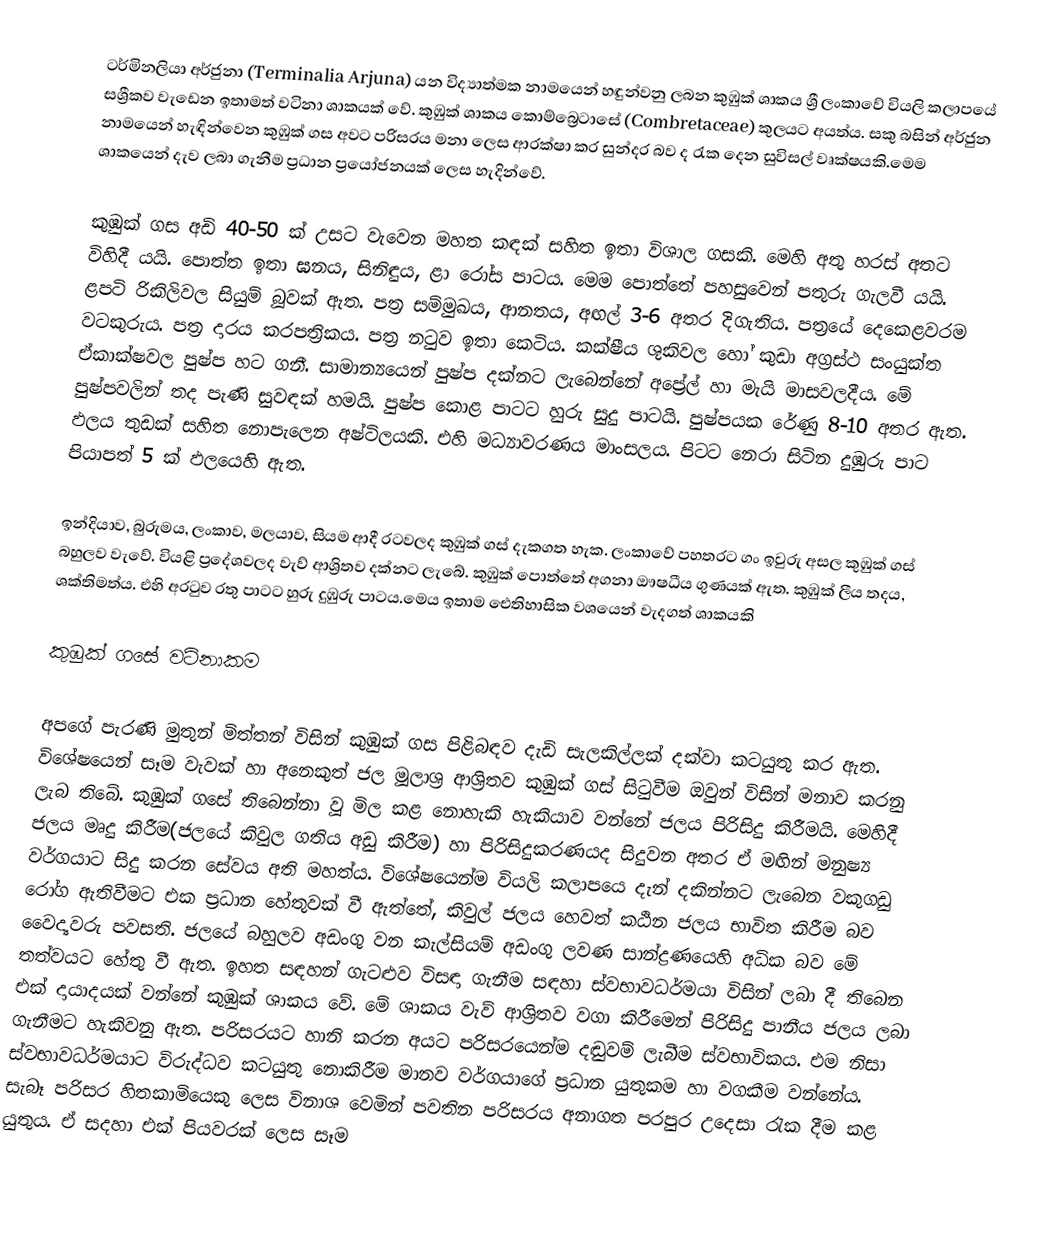
ටර්මිනලියා අර්ජුනා (Terminalia Arjuna) යන විද්‍යාත්මක නාමයෙන් හඳුන්වනු ලබන කුඹුක් ශාකය ශ්‍රී ලංකාවේ වියලි කලාපයේ සශ්‍රීකව වැඩෙන ඉතාමත් වටිනා ශාකයක් වේ. කුඹුක් ශාකය කොම්බ්‍රෙටාසේ (Combretaceae) කුලයට අයත්ය. සකු බසින් අර්ජුන නාමයෙන් හැඳින්වෙන කුඹුක් ගස අවට පරිසරය මනා ලෙස ආරක්ෂා කර සුන්දර බව ද රැක දෙන සුවිසල් වෘක්ෂයකි.මෙම ශාකයෙන් දැව ලබා ගැනීම ප්‍රධාන ප්‍රයෝජනයක් ලෙස හැදින්වේ.

කුඹුක් ගස අඩි 40-50 ක් උසට වැවෙන මහත කඳක් සහිත ඉතා විශාල ගසකි. මෙහි අතු හරස් අතට විහිදී යයි. පොත්ත ඉතා ඝනය, සිනිඳුය, ළා රෝස පාටය. මෙම පොත්තේ පහසුවෙන් පතුරු ගැලවී යයි. ළපටි රිකිලිවල සියුම් බූවක් ඇත. පත්‍ර සම්මුඛය, ආනතය, අඟල් 3-6 අතර දිගැතිය. පත්‍රයේ දෙකෙළවරම වටකුරුය. පත්‍ර දාරය කරපත්‍රිකය. පත්‍ර නටුව ඉතා කෙටිය. කක්ෂීය ශුකිවල හෝ කුඩා අග්‍රස්ථ සංයුක්ත ඒකාක්ෂවල පුෂ්ප හට ගනී. සාමාන්‍යයෙන් පුෂ්ප දක්නට ලැබෙන්නේ අප්‍රේල් හා මැයි මාසවලදීය. මේ පුෂ්පවලින් තද පැණි සුවඳක් හමයි. පුෂ්ප කොළ පාටට හුරු සුදු පාටයි. පුෂ්පයක රේණු 8-10 අතර ඇත. ඵලය තුඩක් සහිත නොපැලෙන අෂ්ටිලයකි. එහි මධ්‍යාවරණය මාංසලය. පිටට නෙරා සිටින දුඹුරු පාට පියාපත් 5 ක් ඵලයෙහි ඇත.

ඉන්දියාව, බුරුමය, ලංකාව, මලයාව, සියම ආදී රටවලද කුඹුක් ගස් දැකගත හැක. ලංකාවේ පහතරට ගං ඉවුරු අසල කුඹුක් ගස් බහුලව වැවේ. වියළි ප්‍රදේශවලද වැව් ආශ්‍රිතව දක්නට ලැබේ. කුඹුක් පොත්තේ අගනා ඖෂධීය ගුණයක් ඇත. කුඹුක් ලීය තදය, ශක්තිමත්ය. එහි අරටුව රතු පාටට හුරු දුඹුරු පාටය.මෙය ඉතාම ඓතිහාසික වශයෙන් වැදගත් ශාකයකි

කුඹුක් ගසේ වටිනාකම

අපගේ පැරණි මුතුන් මිත්තන් විසින් කුඹුක් ගස පිළිබඳව දැඩි සැලකිල්ලක් දක්වා කටයුතු කර ඇත. විශේෂයෙන් සෑම වැවක් හා අනෙකුත් ජල මූලාශ්‍ර ආශ්‍රිතව කුඹුක් ගස් සිටුවීම ඔවුන් විසින් මනාව කරනු ලැබ තිබේ. කුඹුක් ගසේ තිබෙන්නා වූ මිල කළ නොහැකි හැකියාව වන්නේ ජලය පිරිසිදු කිරීමයි. මෙහිදී ජලය මෘදු කිරීම(ජලයේ කිවුල ගතිය අඩු කිරීම) හා පිරිසිදුකරණයද සිදුවන අතර ඒ මඟින් මනුෂ්‍ය වර්ගයාට සිදු කරන සේවය අති මහත්ය. විශේෂයෙන්ම වියලි කලාපයෙ දැන් දකින්නට ලැබෙන වකුගඩු රෝග ඇතිවීමට එක ප්‍රධාන හේතුවක් වී ඇත්තේ, කිවුල් ජලය හෙවත් කඨින ජලය භාවිත කිරීම බව වෛද්‍යවරු පවසති. ජලයේ බහුලව අඩංගු වන කැල්සියම් අඩංගු ලවණ සාන්ද්‍රණයෙහි අධික බව මේ තත්වයට හේතු වී ඇත. ඉහත සඳහන් ගැටළුව විසඳා ගැනීම සඳහා ස්වභාවධර්මයා විසින් ලබා දී තිබෙන එක් දායාදයක් වන්නේ කුඹුක් ශාකය වේ. මේ ශාකය වැව් ආශ්‍රිතව වගා කිරීමෙන් පිරිසිදු පානීය ජලය ලබා ගැනීමට හැකිවනු ඇත. පරිසරයට හානි කරන අයට පරිසරයෙන්ම දඬුවම් ලැබීම ස්වභාවිකය. එම නිසා ස්වභාවධර්මයාට විරුද්ධව කටයුතු නොකිරීම මානව වර්ගයාගේ ප්‍රධාන යුතුකම හා වගකීම වන්නේය. සැබෑ පරිසර හිතකාමියෙකු ලෙස විනාශ වෙමින් පවතින පරිසරය අනාගත පරපුර උදෙසා රැක දීම කළ යුතුය. ඒ සදහා එක් පියවරක් ලෙස සෑම